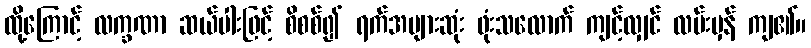
ထို့ကြောင့် လက္ခဏာ ဆယ်ပါးဖြင့် စိစစ်၍ ရက်အများဆုံး ဖုံးသလောက် ကျင့်လျှင် လမ်းမှန် ကျ၏။